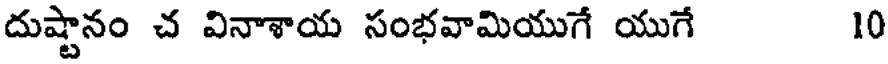
దుష్టానం చ వినాశాయ సంభవామియుగే యుగే 10